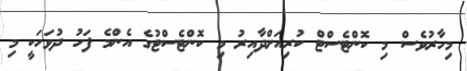
މިހާރުވެސް މި ކޮންޓެސްޓް ކުރިއަށްދާއިރު މި ކޮންޓެސްޓުގެ އެންމެ ފަހު ދުވަހަކީ މި